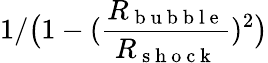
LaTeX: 1/\big(1-(\frac{R_{\mathrm{~b~u~b~b~l~e~}}}{R_{\mathrm{~s~h~o~c~k~}}})^{2}\big)